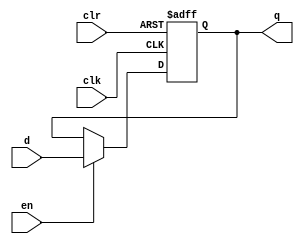
//D Flip Flop
module dffe_ref(q, d, clk, en, clr);
   
   //Inputs
   input d, clk, en, clr;
   
   //Internal wire
   wire clr;

   //Output
   output q;
   
   //Register
   reg q;

   //Intialize q to 0
   initial
   begin
       q = 1'b0;
   end

   //Set value of q on positive edge of the clock or clear
   always @(posedge clk or posedge clr) begin
       //If clear is high, set q to 0
       if (clr) begin
           q <= 1'b0;
       //If enable is high, set q to the value of d
       end else if (en) begin
           q <= d;
       end
   end
endmodule